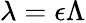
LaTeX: \lambda=\epsilon\Lambda